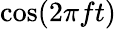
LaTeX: \textstyle\cos(2\pi ft)